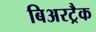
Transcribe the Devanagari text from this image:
बिअरट्रैक